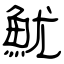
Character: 魷